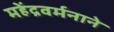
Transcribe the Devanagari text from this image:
महेंद्रवर्मनाने